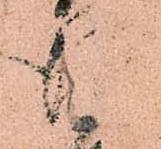
従